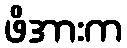
ဖိအားက